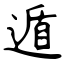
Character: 遁